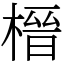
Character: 榗